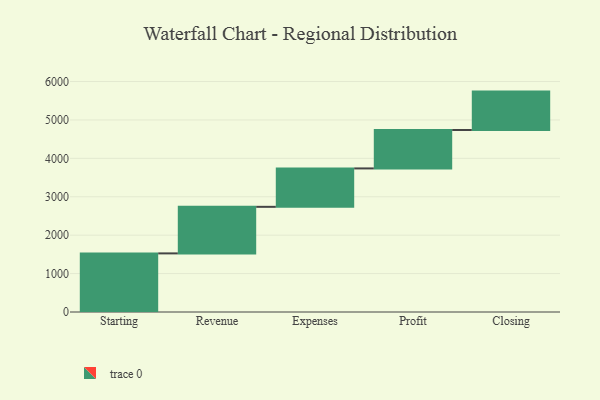
{"axis": {"x": "Step", "y": "Value"}, "legend": [""], "data": [{"x": "Starting", "y": 1526.0, "type": ""}, {"x": "Revenue", "y": 1212.0, "type": ""}, {"x": "Expenses", "y": 1000, "type": ""}, {"x": "Profit", "y": 1000, "type": ""}, {"x": "Closing", "y": 1000, "type": ""}]}